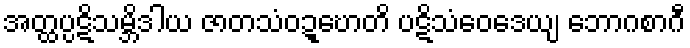
အတ္ထပ္ပဋိသမ္ဘိဒါယ ဇာတသံဝဍ္ဎောတိ ပဋိသံဝေဒေယျ ဘောဂစာဂီ